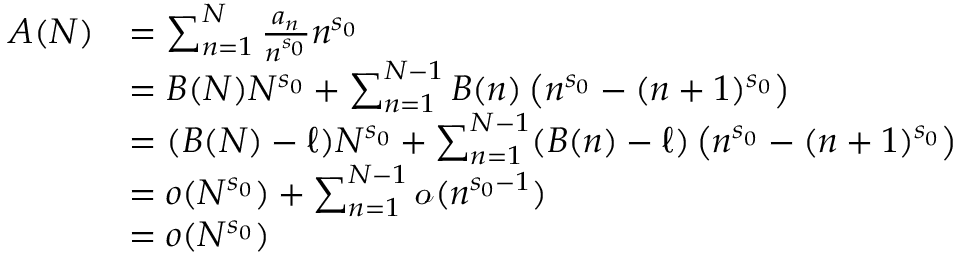
{ \begin{array} { r l } { A ( N ) } & { = \sum _ { n = 1 } ^ { N } { \frac { a _ { n } } { n ^ { s _ { 0 } } } } n ^ { s _ { 0 } } } \\ & { = B ( N ) N ^ { s _ { 0 } } + \sum _ { n = 1 } ^ { N - 1 } B ( n ) \left( n ^ { s _ { 0 } } - ( n + 1 ) ^ { s _ { 0 } } \right) } \\ & { = ( B ( N ) - \ell ) N ^ { s _ { 0 } } + \sum _ { n = 1 } ^ { N - 1 } ( B ( n ) - \ell ) \left( n ^ { s _ { 0 } } - ( n + 1 ) ^ { s _ { 0 } } \right) } \\ & { = o ( N ^ { s _ { 0 } } ) + \sum _ { n = 1 } ^ { N - 1 } { \mathcal { o } } ( n ^ { s _ { 0 } - 1 } ) } \\ & { = o ( N ^ { s _ { 0 } } ) } \end{array} }